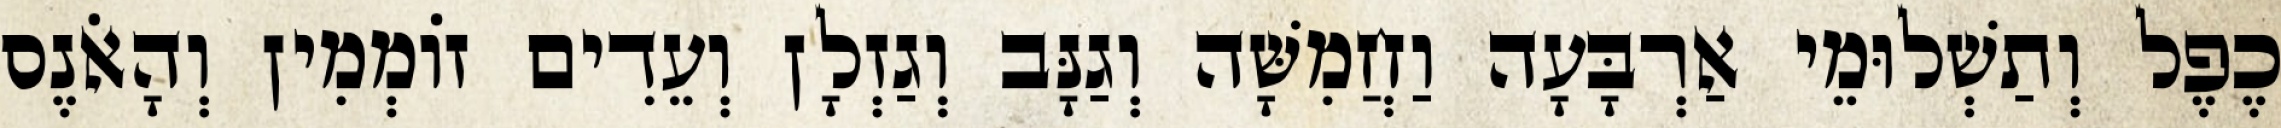
כֶפֶל וְתַשְׁלוּמֵי אַרְבָּעָה וַחֲמִשָּׁה וְגַנָּב וְגַזְלָן וְעֵדִים זוֹמְמִין וְהָאֹנֶס